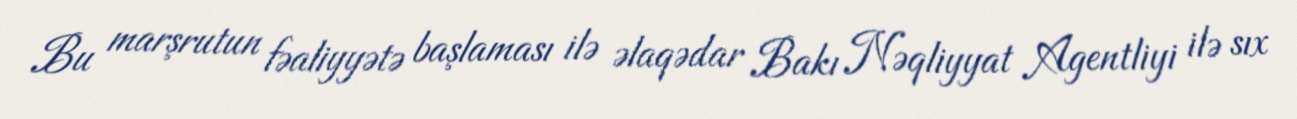
Bu marşrutun fəaliyyətə başlaması ilə əlaqədar Bakı Nəqliyyat Agentliyi ilə sıx